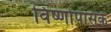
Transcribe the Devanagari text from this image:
विष्णोपासक